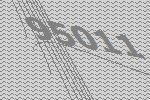
95011